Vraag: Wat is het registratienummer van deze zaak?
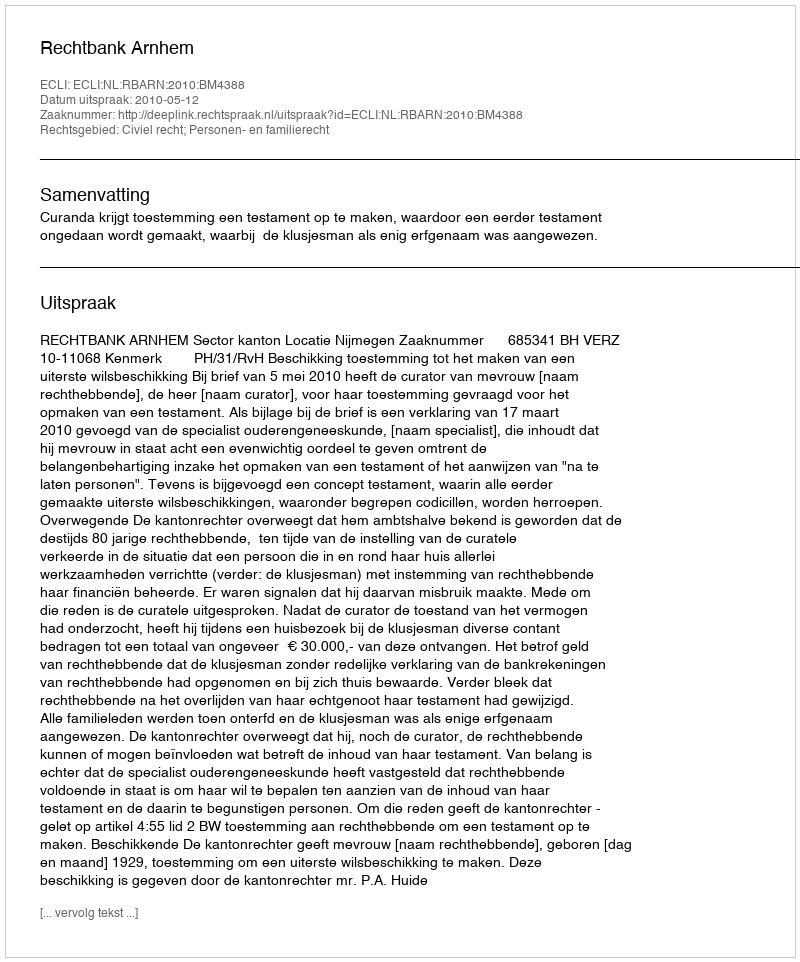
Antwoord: http://deeplink.rechtspraak.nl/uitspraak?id=ECLI:NL:RBARN:2010:BM4388